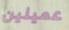
عميلين